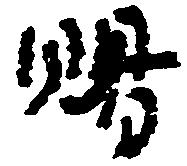
賜